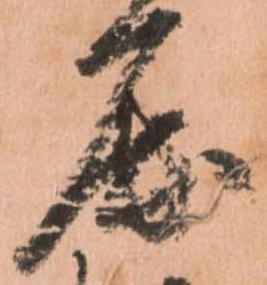
屈